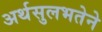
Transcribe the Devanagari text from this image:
अर्थसुलभतेने